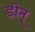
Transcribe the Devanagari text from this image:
डीन्